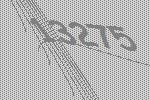
13275